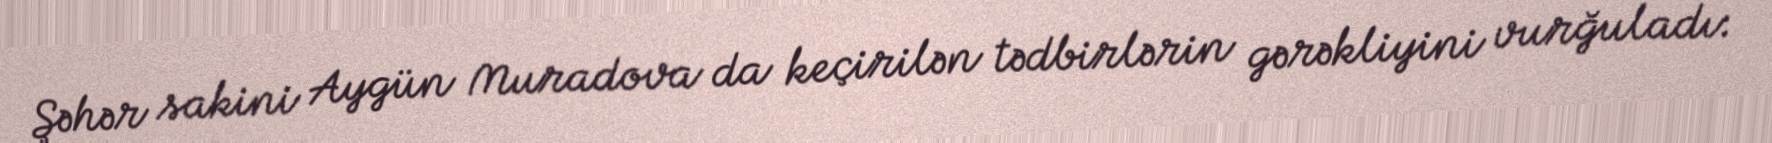
Şəhər sakini Aygün Muradova da keçirilən tədbirlərin gərəkliyini vurğuladı: